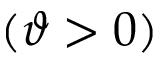
( \vartheta > 0 )